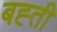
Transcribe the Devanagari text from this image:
बह्ती